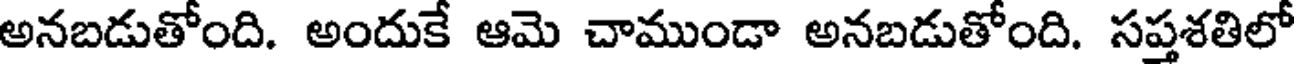
అనబడుతోంది. అందుకే ఆమె చాముండా అనబడుతోంది. సప్తశతిలో